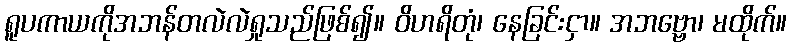
ရူပကာယကိုအဘန်တလဲလဲရှုသည်ဖြစ်၍။ ဝိဟရိတုံ၊ နေခြင်းငှာ။ အဘဗ္ဗော၊ မထိုက်။